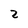
Character: 2